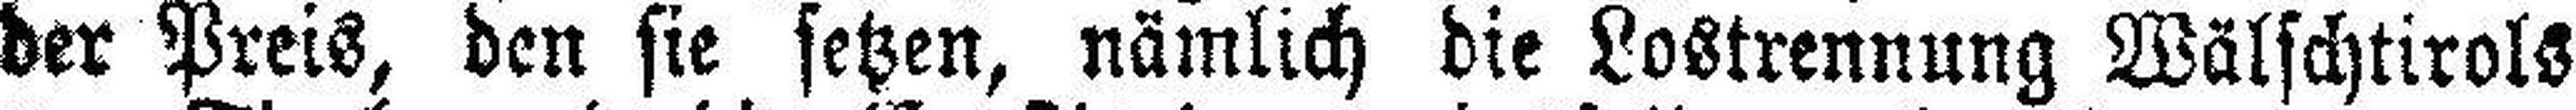
der Preis, den sie setzen, nämlich die Lostrennung Wälschtirols